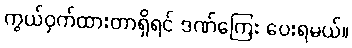
ကွယ်ဝှက်ထားတာရှိရင် ဒဏ်ကြေး ပေးရမယ်။